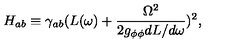
H _ { a b } \equiv \gamma _ { a b } ( L ( \omega ) + \frac { \Omega ^ { 2 } } { 2 g _ { \phi \phi } d L / d \omega } ) ^ { 2 } ,